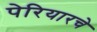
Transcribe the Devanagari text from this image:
पेरियारचे